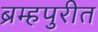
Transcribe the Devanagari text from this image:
ब्रम्हपुरीत